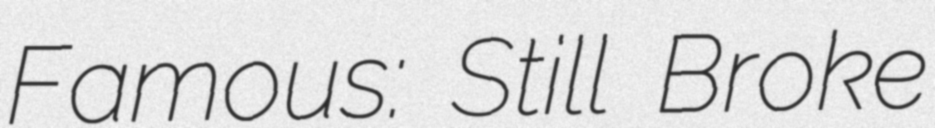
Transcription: Famous: Still Broke